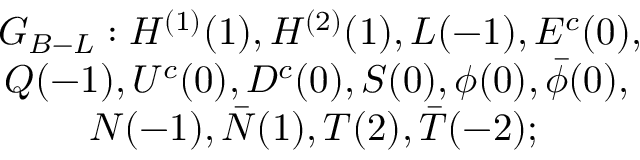
\begin{array} { r l c } { { G _ { B - L } : H ^ { ( 1 ) } ( 1 ) , H ^ { ( 2 ) } ( 1 ) , L ( - 1 ) , E ^ { c } ( 0 ) , } } \\ { { Q ( - 1 ) , U ^ { c } ( 0 ) , D ^ { c } ( 0 ) , S ( 0 ) , \phi ( 0 ) , \bar { \phi } ( 0 ) , ~ } } \\ { { N ( - 1 ) , \bar { N } ( 1 ) , T ( 2 ) , \bar { T } ( - 2 ) ; ~ ~ ~ ~ ~ ~ ~ ~ } } \end{array}